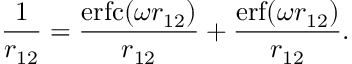
\frac { 1 } { r _ { 1 2 } } = \frac { \mathrm { e r f c } ( \omega r _ { 1 2 } ) } { r _ { 1 2 } } + \frac { \mathrm { e r f } ( \omega r _ { 1 2 } ) } { r _ { 1 2 } } .